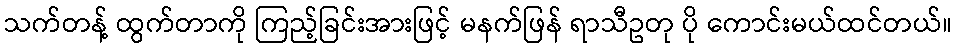
သက်တန့် ထွက်တာကို ကြည့်ခြင်းအားဖြင့် မနက်ဖြန် ရာသီဥတု ပို ကောင်းမယ်ထင်တယ်။